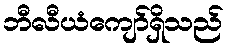
ဘီလီယံကျော်ရှိသည်